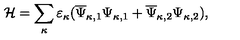
{ \cal H } = \sum _ { \kappa } ^ { } \varepsilon _ { \kappa } ( \overline { { \Psi } } _ { \kappa , 1 } { \Psi } _ { \kappa , 1 } + \overline { { \Psi } } _ { \kappa , 2 } { \Psi } _ { \kappa , 2 } ) ,